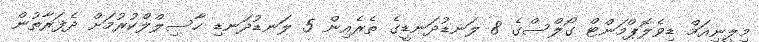
މިލީނިއަމް ޑިވެލޮޕްމަންޓް ގޯލްސްގެ 8 ލަނޑުދަނޑީގެ ތެރެއިން 5 ލަނޑުދަނޑި ހާސިލްލްކުރުމަށް ދެފަރާތުން